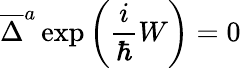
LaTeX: \overline{{{\Delta}}}^{a}\exp\left(\frac i\hbar W\right)=0